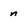
Character: n